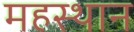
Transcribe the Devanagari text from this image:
महस्थान